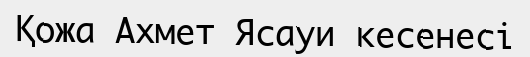
Қожа Ахмет Ясауи кесенесі